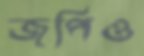
জপিও